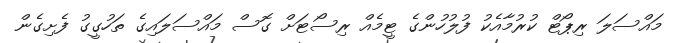
މައްސަލަ ރިޕޯޓް ކުރުމާއެކު ފުލުހުންގެ ޓީމެއް ރިސޯޓަށް ގޮސް މައްސަލައިގެ ތަހުގީގު ފެށިގެން